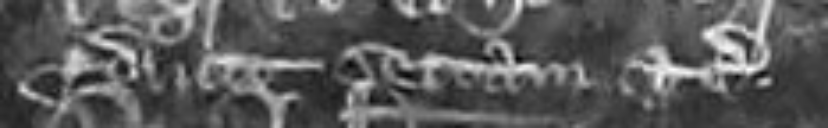
producit sectam etc